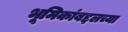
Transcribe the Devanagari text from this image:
भूमिकांबद्दलच्या